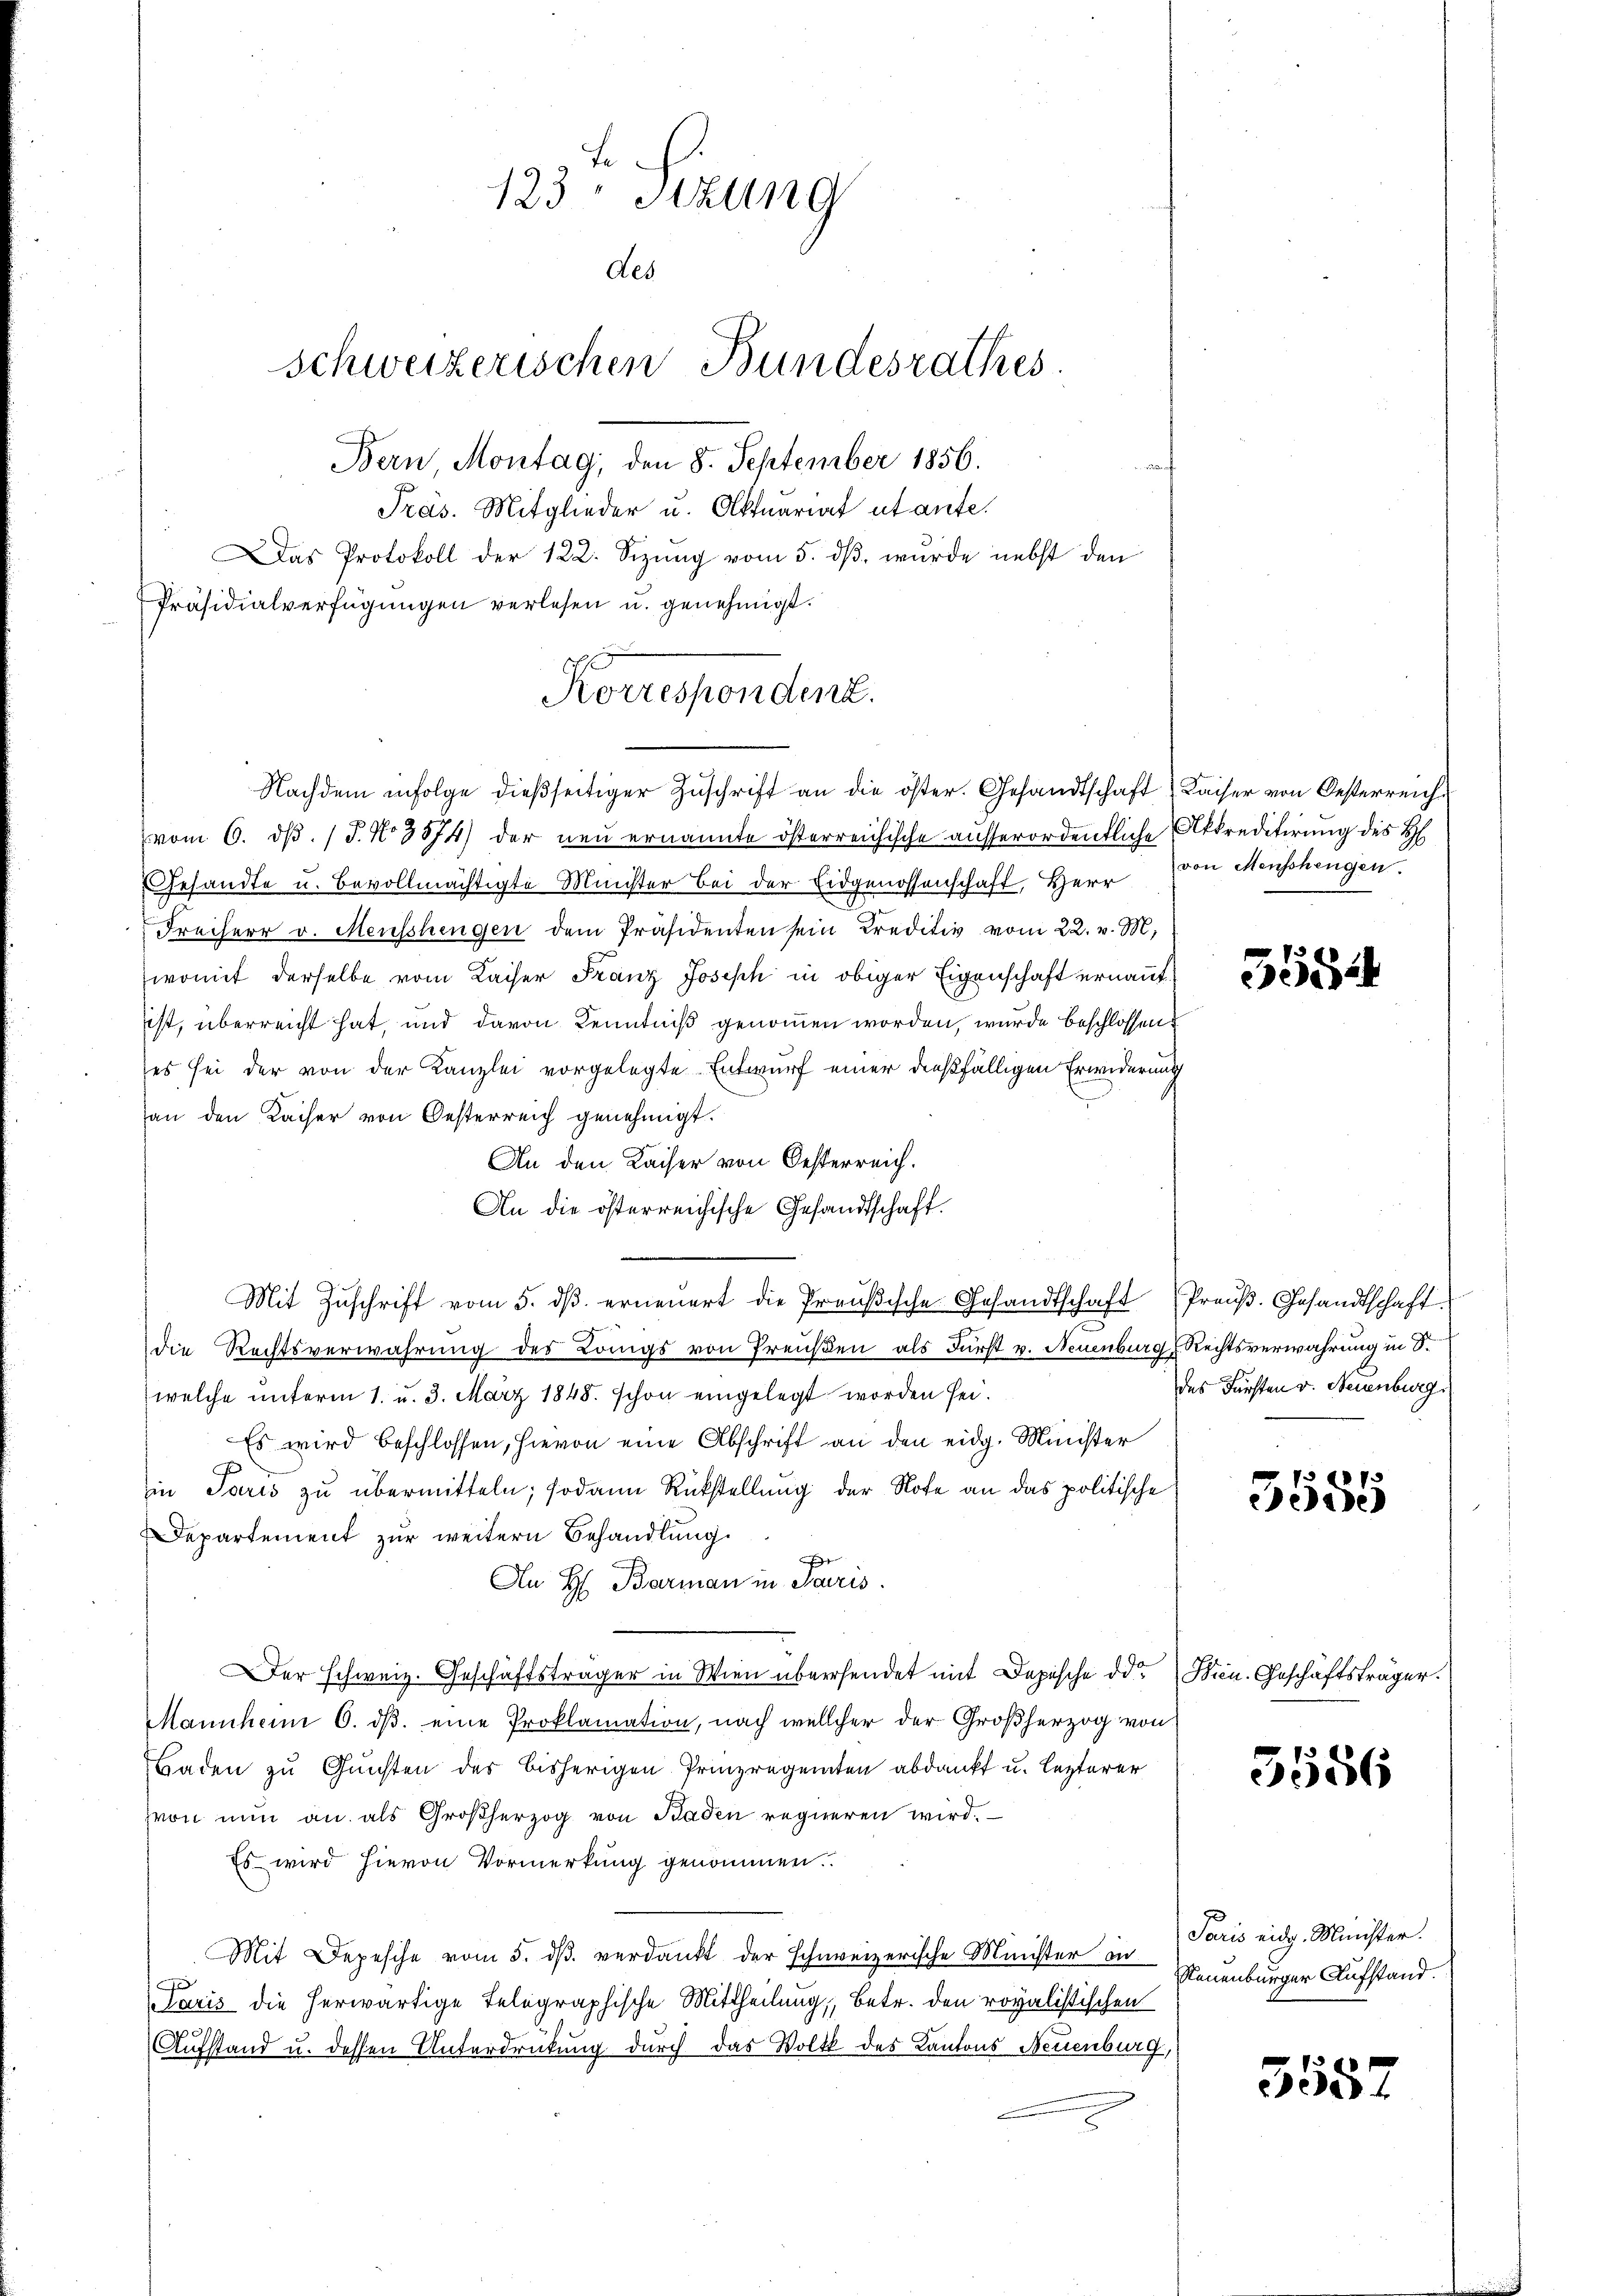
123 Stzung
des
schweizerischen Bundesrathes
Bern, Montag, den 8. September 1856.
Pras. Mitglieder u. Oktuariat utante.
Das Protokoll der 122. Sizung vom 5. dß, wurde nebst den
Präsidialverfügungen verlesen u. genehmigt.

vom 6. d. J. No 3574) der neu ernannte österreichische ausserordentliche Akkreditirung des H
Gesandte u. bevollmächtigte Minister bei der Eidgenossenschaft, Herr von Menschengen
Freiherr v. Mensshingen dem Präsidenten sein Kreditiv vom 22. v. M.
womit derselbe vom Kaiser Franz Joseph in obiger Eigenschaft ernannt.
iist, überreicht hat, und davon Kenntniß genommen worden, wurde beschlossen
es sei der von der Kanzlei vorgelegte Entwurf einer dießfälligen Erwiderung
an den Kaiser von Oesterreich genehmigt.
An den Kaiser von Oesterreich.
An die österreichische Gesandtschaft.
Mit Zŭschrift vom 5. dβ erneuert die Preußische Gesandtschaft Preuß. Gesandtschaft
die Rechtsverwahrung des Königs von Preußen als Fürst v. Neuenburg Rechtsverwahrung in S.
welche ŭnterm 1. u. 3. März 1848. schon eingelegt worden sei.
Es wird beschlossen, hievon eine Abschrift an den eidg. Minister
in Paris zu übermitteln; sodann Rückstellung der Note an das politische
Departement zur weitern Behandlung.
F
An H. Barman in Sacris
Der schweiz. Geschäftsträger in Wien übersendet mit Depische der Wien. Geschäftsträger.
Mannham 6. dβ. eine Proklamation, nach wellcher der Großherzog von
Baden zu Gunsten des bisherigen Prinzregenten abdankt u. lezterer
von nun an als Großherzog von Baden regieren wird.
Es wird hievon Vormerkung genommen.
Mit Depesche vom 5. dß. verdankt der schweizerische Minister in Neuenburger Aufstand.
e
Claris die herwärtige Telegraphische Mittheilung, betr. den rovalistischen
31
Aufstand u. dessen Unterdrückung durch das Volk des Kantons Neuenburg,

Korrespondent.
Nachdem infolge dieβseitiger Zŭschrift an die öster. Gesandtschaft (Kaiser von Oesterreich¬

5584

des Fürsten v. Neuenburg

f 30 x
eide

5556

Paris eidg. Minister.

5557